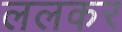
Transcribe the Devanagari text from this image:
ललकर